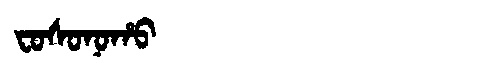
Manchu: ᠸᠣᠰᠣᠨᠣᡥᠣ
Romanization: FOSONOHO